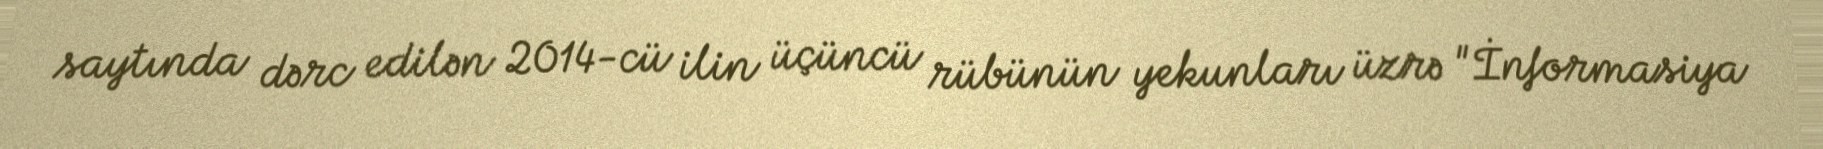
saytında dərc edilən 2014-cü ilin üçüncü rübünün yekunları üzrə "İnformasiya